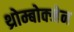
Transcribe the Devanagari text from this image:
थ्रोम्बोक्जेन